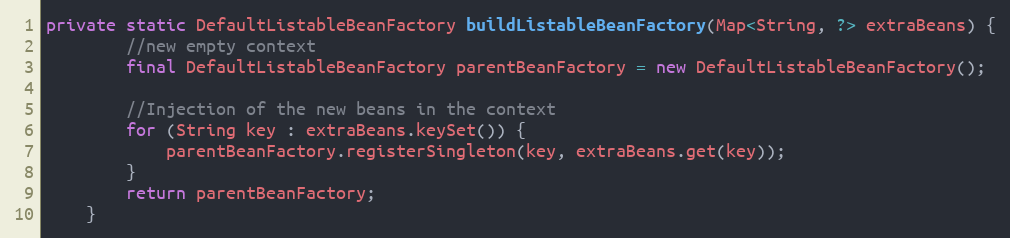
Language: Java
private static DefaultListableBeanFactory buildListableBeanFactory(Map<String, ?> extraBeans) {
        //new empty context
        final DefaultListableBeanFactory parentBeanFactory = new DefaultListableBeanFactory();

        //Injection of the new beans in the context
        for (String key : extraBeans.keySet()) {
            parentBeanFactory.registerSingleton(key, extraBeans.get(key));
        }
        return parentBeanFactory;
    }